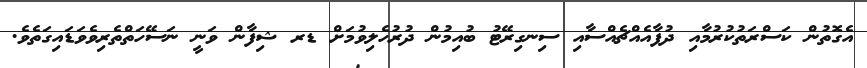
އެގޮތުން ކަސްރަތުކުރުމާއި ދުފާއެއްޗެއްސާއި ސިނގިރޭޓު ބުއިމުން ދުރުުހެލިވުމަށް ޑރ ޝިފާން ވަނީ ނަސޭހަތްތެރިވެވަޑައިގަތެވެ.